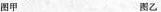
图甲 图乙